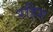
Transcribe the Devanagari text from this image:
रहिस